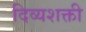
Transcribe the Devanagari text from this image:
दिव्यशक्ती